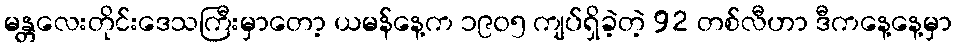
မန္တလေးတိုင်းဒေသကြီးမှာတော့ ယမန်နေ့က ၁၉၀၅ ကျပ်ရှိခဲ့တဲ့ 92 တစ်လီဟာ ဒီကနေ့နေ့မှာ